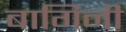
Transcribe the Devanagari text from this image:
बागिनी